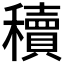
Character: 𬔃